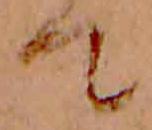
て